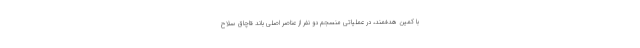
با کمین هدفمند، در عملیاتی منسجم دو نفر از عناصر اصلی باند قاچاق سلاح